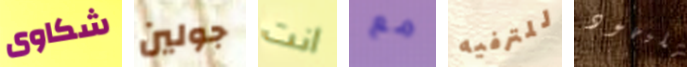
شكاوى جولين انت مع للترفيه لليهود